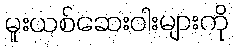
မူးယစ်ဆေးဝါးများကို